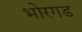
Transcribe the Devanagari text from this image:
भोरगड